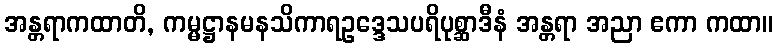
အန္တရာကထာတိ, ကမ္မဋ္ဌာနမနသိကာရဥဒ္ဒေသပရိပုစ္ဆာဒီနံ အန္တရာ အညာ ဧကာ ကထာ။